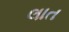
લાત